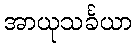
အာယုသင်္ခယာ